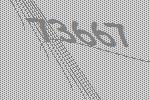
73667